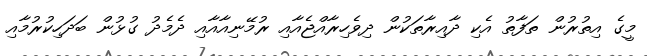
މީގެ އިތުރުން ތަފާތު އެކި ދާއިރާތަކުން ދިވެހިރާއްޖެއާއި ރުމޭނިއާއާއި ދެމެދު ގުޅުން ބަދަހިކުރުމާއި